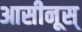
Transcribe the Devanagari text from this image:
आसीनूस्